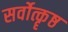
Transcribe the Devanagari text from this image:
सर्वोत्कॄष्ठ